Vaccination United Provinces of Agra and Oudh 1914-1922 - 1914-1922
Year: 1914
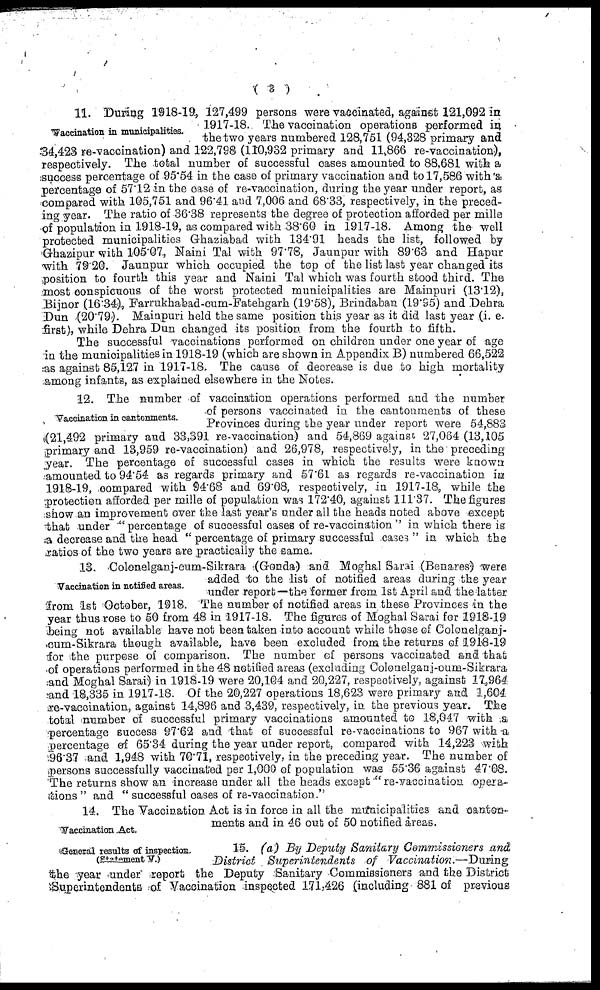
( 3 )
Vaccination in municipalities.
11. During 1918-19, 127,499 persons were vaccinated, against 121,092 in
1917-18. The vaccination operations performed in
the two years numbered 128,751 (94,328 primary and
34,423 re-vaccination) and 122,798 (110,932 primary and 11,866 re-vaccination),
respectively. The total number of successful cases amounted to 88,681 with a
success percentage of 95.54 in the case of primary vaccination and to 17,586 with a
percentage of 57.12 in the case of re-vaccination, during the year under report, as
compared with 105,751 and 96.41 and 7,006 and 68.33, respectively, in the preced-
ing year. The ratio of 36.38 represents the degree of protection afforded per mille
of population in 1918-19, as compared with 38.60 in 1917-18. Among the well
protected municipalities Ghaziabad with 134.91 heads the list, followed by
Ghazipur with 105.07, Naini Tal with 97.78, Jaunpur with 89.63 and Hapur
with 79.20. Jaunpur which occupied the top of the list last year changed its
position to fourth this year and Naini Tal which was fourth stood third. The
most conspicuous of the worst protected municipalities are Mainpuri (13.12),
Bijnor (16.34), Farrukhabad-cum-Fatehgarh (19.58), Brindaban (19.95) and Dehra
Dun (20.79). Mainpuri held the same position this year as it did last year (i. e.
first), while Dehra Dun changed its position from the fourth to fifth.
The successful vaccinations performed on children under one year of age
in the municipalities in 1918-19 (which are shown in Appendix B) numbered 66,522
as against 85,127 in 1917-18. The cause of decrease is due to high mortality
among infants, as explained elsewhere in the Notes.
Vaccination in cantonments.
12. The number of vaccination operations performed and the number
of persons vaccinated in the cantonments of these
Provinces during the year under report were 54,883
(21,492 primary and 33,391 re-vaccination) and 54,869 against 27,064(13,105
primary and 13,959 re-vaccination) and 26,978, respectively, in the preceding
year. The percentage of successful cases in which the results were known
amounted to 94.54 as regards primary and 57.61 as regards re-vaccination in
1918-19, compared with 94.68 and 69.08, respectively, in 1917-18, while the
protection afforded per mille of population was 172.40, against 111.37. The figures
show an improvement over the last year's under all the heads noted above except
that under "percentage of successful cases of re-vaccination" in which there is
a decrease and the head " percentage of primary successful cases " in which the
ratios of the two years are practically the same.
Vaccination in notified areas.
13. Colonelganj-cum-Sikrara (Gonda) and Moghal Sarai (Benares) were
added to the list of notified areas during the year
under report—the former from 1st April and the latter
from 1st October, 1918. The number of notified areas in these Provinces in the
year thus rose to 50 from 48 in 1917-18. The figures of Moghal Saral for 1918-19
being not available have not been taken into account while those of Colonelganj¬
cum-Sikrara though available, have been excluded from the returns of 1918-19
for the purpose of comparison. The number of persons vaccinated and that
of operations performed in the 48 notified areas (excluding Colonelganj-cum-Sikrara
and Moghal Sarai) in 1918-19 were 20,104 and 20,227, respectively, against 17,964
and 18,335 in 1917-18. Of the 20,227 operations 18,623 were primary and 1,604
re-vaccination, against 14,896 and 3,439, respectively, in the previous year. The
total number of successful primary vaccinations amounted to 18,047 with a
percentage success 97.62 and that of successful re-vaccinations to 967 with a
percentage of 65.34 during the year under report, compared with 14,223 with
96.37 and 1,948 with 70.71, respectively, in the preceding year. The number of
persons successfully vaccinated per 1,000 of population was 55.36 against 47.08.
The returns show an increase under all the heads except " re-vaccination opera-
tions " and " successful cases of re-vaccination."
Vaccination Act.
General results of inspection.
(Statement V.)
14. The Vaccination Act is in force in all the municipalities and canton-
ments and in 46 out of 50 notified areas.
15. (a) By Deputy Sanitary Commissioners and
District Superintendents of
Vaccination.—During
the year under report the Deputy Sanitary Commissioners and the District
Superintendents of Vaccination inspected 171,426 (including 881 of previous